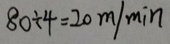
8 0 \div 4 = 2 0 m / \min